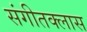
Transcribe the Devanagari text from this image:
संगीतक्लास